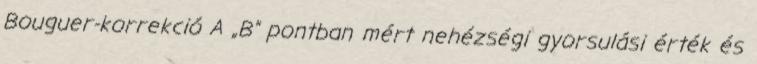
Bouguer-korrekció A „B” pontban mért nehézségi gyorsulási érték és